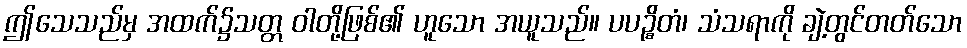
ဤသေသည်မှ အထက်၌သတ္တ ဝါတို့ဖြစ်၏ ဟူသော အယူသည်။ ပပဉ္စိတံ၊ သံသရာကို ချဲ့တွင်တတ်သော